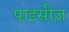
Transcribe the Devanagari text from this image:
पाइसीज़